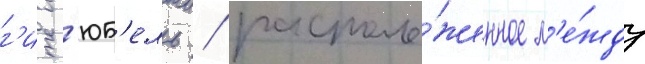
г'исг'юб'ель / располо́женное м'е́жду